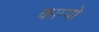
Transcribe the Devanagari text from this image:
काम्पो